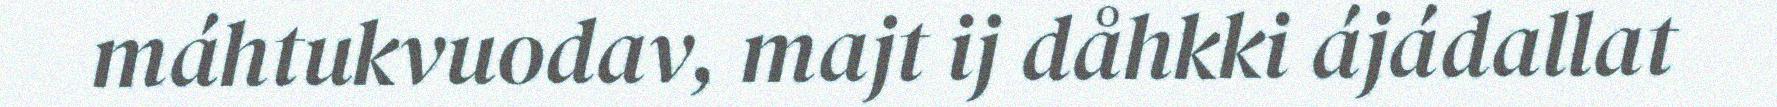
máhtukvuodav, majt ij dåhkki ájádallat